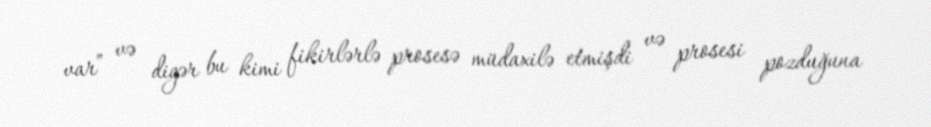
var” və digər bu kimi fikirlərlə prosesə müdaxilə etmişdi və prosesi pozduğuna